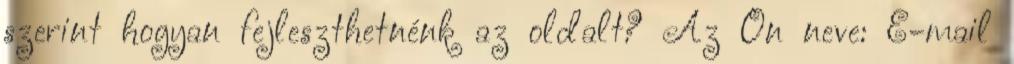
szerint hogyan fejleszthetnénk az oldalt? Az Ön neve: E-mail